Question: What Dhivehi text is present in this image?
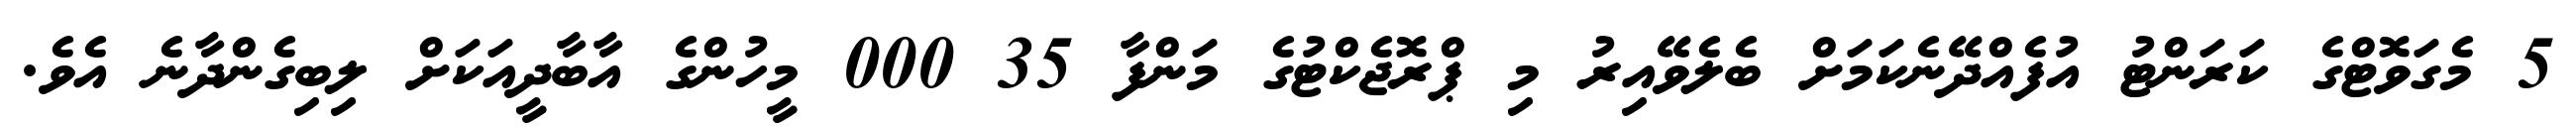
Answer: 5 މެގަވޮޓްގެ ކަރަންޓު އުފެއްދޭނެކަމަށް ބެލެވޭއިރު މި ޕްރޮޖެކްޓުގެ މަންފާ 35 000 މީހުންގެ އާބާދީއަކަށް ލިބިގެންދާނެ އެވެ.